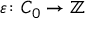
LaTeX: \varepsilon \colon C _ { 0 } \to \mathbb { Z }